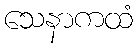
သေနာကထံ